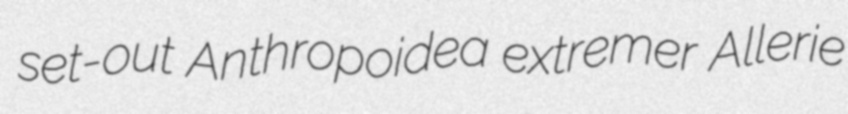
set-out Anthropoidea extremer Allerie